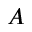
A